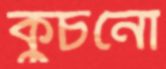
কুচনো